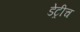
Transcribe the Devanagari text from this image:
डेट्रीच